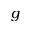
g